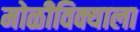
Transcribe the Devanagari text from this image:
मोळीविक्याला